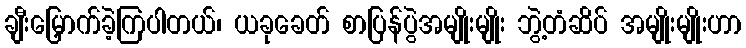
ချီးမြှောက်ခဲ့ကြပါတယ်၊ ယခုခေတ် စာပြန်ပွဲအမျိုးမျိုး ဘွဲ့တံဆိပ် အမျိုးမျိုးဟာ